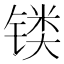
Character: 𲈐